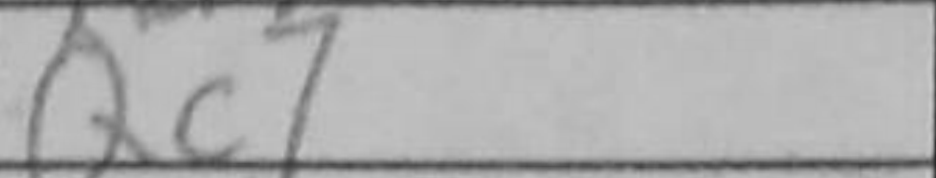
Transcription: Qc7